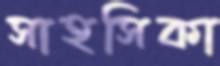
সাহসিকা